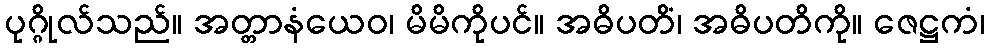
ပုဂ္ဂိုလ်သည်။ အတ္တာနံယေဝ၊ မိမိကိုပင်။ အဓိပတိံ၊ အဓိပတိကို။ ဇေဋ္ဌကံ၊